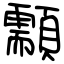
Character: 顬